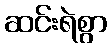
ဆင်းရဲစွာ